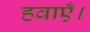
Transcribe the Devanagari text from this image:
हवाएँ।